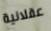
عقلانية